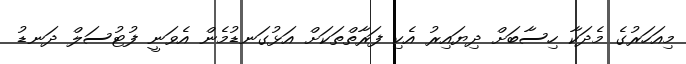
މިއަހަރުގެ މެދަކާ ހިސާބަށް ދިޔައިރު އެކި ފަރާތްތަކަށް އަޅުގަނޑުމެން އެވަނީ ފުޓުސަލް ދަނޑު